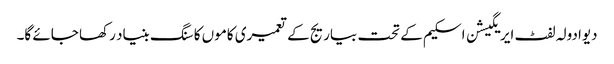
دیوادولہ لفٹ ایریگیشن اسکیم کے تحت بیاریج کے تعمیری کاموں کا سنگ بنیاد رکھا جائے گا۔